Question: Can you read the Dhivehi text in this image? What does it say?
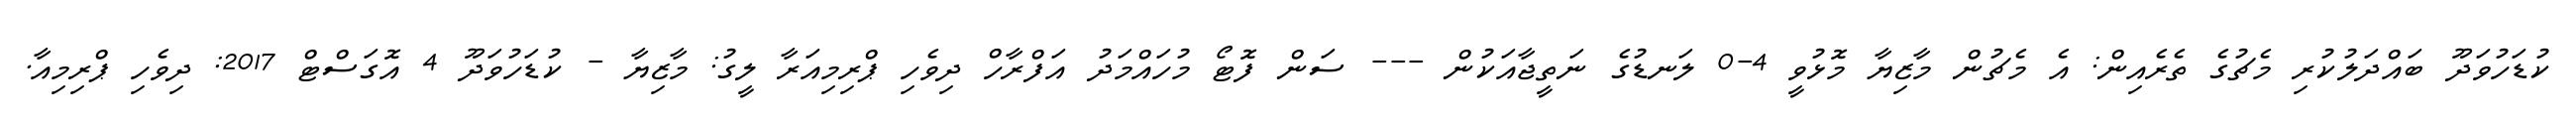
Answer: ކުޑަހުވަދޫ ބައްދަލުކުރި މެޗުގެ ތެރެއިން: އެ މެޗުން މާޒިޔާ މޮޅުވީ 4-0 ލަނޑުގެ ނަތީޖާއަކުން --- ސަން ފޮޓޯ މުހައްމަދު އަފްރާހް ދިވެހި ޕްރިމިއަރާ ލީގު: މާޒިޔާ - ކުޑަހުވަދޫ 4 އޮގަސްޓް 2017: ދިވެހި ޕްރިމިއާ.